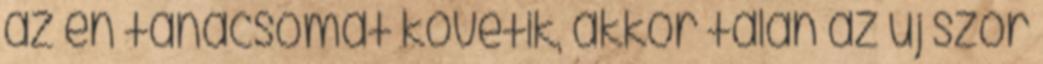
az én tanácsomat követik, akkor talán az új szőr